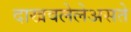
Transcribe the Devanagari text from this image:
दाखवलेलेअसते